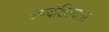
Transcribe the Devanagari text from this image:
उपदेशिल्यास